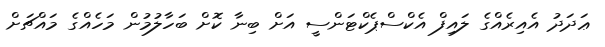
ޢަދަދު އެއިރެއްގެ ލައިފް އެކްސްޕެކްޓަންސީ އަށް ބިނާ ކޮށް ބަހާލުމުން މަހެއްގެ މައްޗަށް